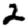
Digit: 2